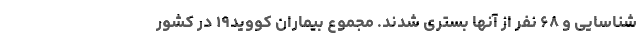
شناسایی و ۶۸ نفر از آنها بستری شدند. مجموع بیماران کووید۱۹ در کشور